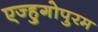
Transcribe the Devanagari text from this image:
एज्हुगोपुरम